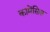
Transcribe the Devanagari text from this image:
कामेंसिस